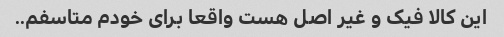
این کالا فیک و غیر اصل هست واقعا برای خودم متاسفم..